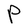
Character: P